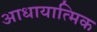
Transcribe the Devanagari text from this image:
आधायात्मिक